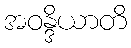
အဝန္ဒိယာတိ